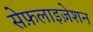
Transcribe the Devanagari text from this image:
सेफ़लाइज़ेशन